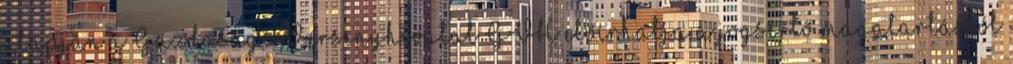
alapján a Gazdasági Versenyhivatal GVH előírhatja a jogsértő magatartástól